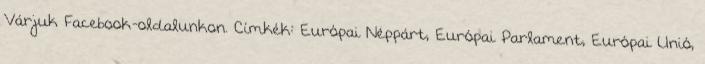
Várjuk Facebook-oldalunkon. Címkék: Európai Néppárt, Európai Parlament, Európai Unió,